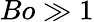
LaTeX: Bo\gg 1